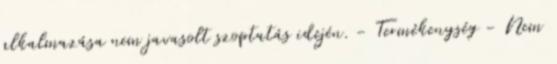
alkalmazása nem javasolt szoptatás idején. - Termékenység - Nem